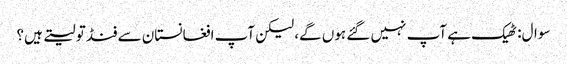
سوال: ٹھیک ہے آپ نہیں گئے ہوں گے، لیکن آپ افغانستان سے فنڈ تو لیتے ہیں؟